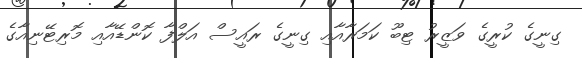
ގިނީގެ ކުރީގެ ވަޒީރު ޓިބޫ ކަމަރާއާއި ގިނީގެ ރައީސް އަލްފާ ކޮންޑޭއާއި މޮރިޓޭނިއާގެ